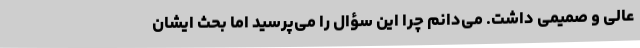
عالی و صمیمی داشت. می‌دانم چرا این سؤال را می‌پرسید اما بحث ایشان